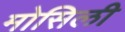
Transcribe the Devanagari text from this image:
मोसिली